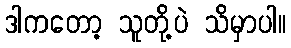
ဒါကတော့ သူတို့ပဲ သိမှာပါ။